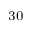
^ { 3 0 }